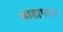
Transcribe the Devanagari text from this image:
बाह्यफल